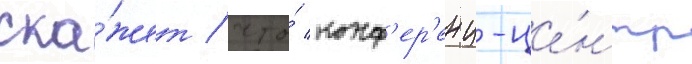
ска́жет / что́ конф'ер'енц-це́нтр